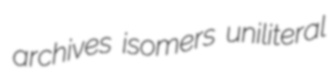
archives isomers uniliteral